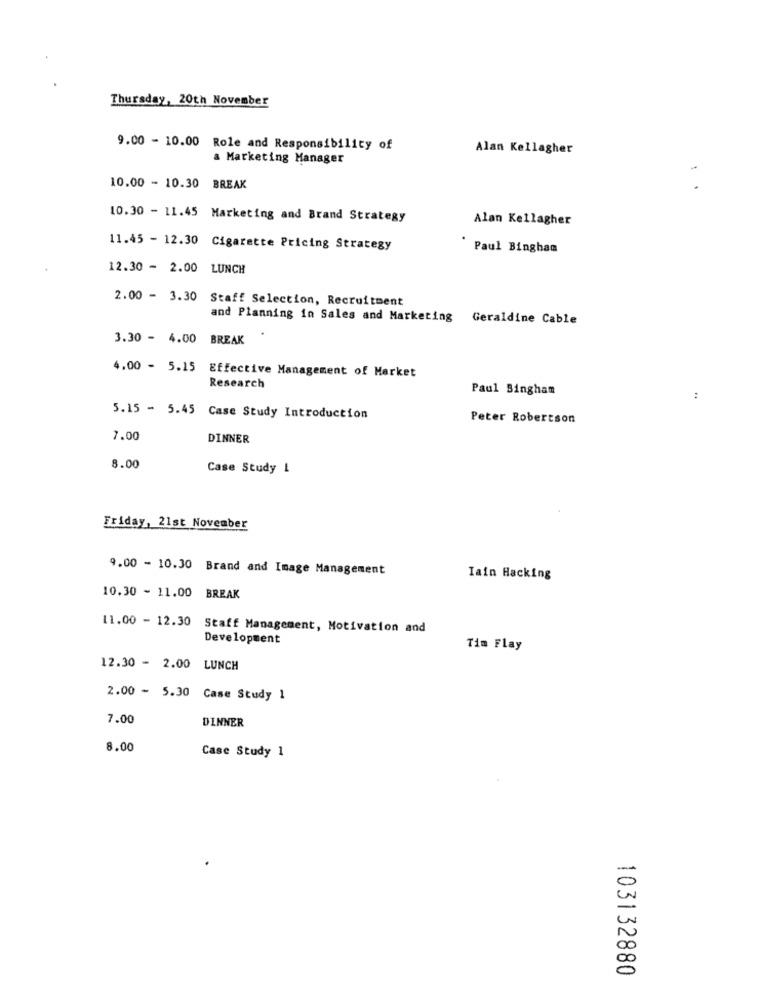
Thursday, 20th November
9.00 - 10.00 Role and Responsibility of
Alan Kellagher
a Marketing Manager
10.00 - 10.30 BREAK
10.30 - 11.45 Marketing and Brand Strategy
Alan Kellagher
11.45 - 12.30 Cigarette Pricing Strategy
Paul Bingham
12.30 - 2.00 LUNCH
2.00 - 3.30 Staff Selection, Recruitment
and Planning in Sales and Marketing Geraldine Cable
3.30 - 4.00 BREAK
4.00 - 5.15 Effective Management of Market
Research
Paul Bingham
:
5.15 - 5.45 Case Study Introduction
Peter Robertson
7.00
DINNER
8.00
Case Study 1
Friday, 21st November
9.00 - 10.30
Brand and Image Management
Iain Hacking
10.30 - 11.00
BREAK
11.00 - 12.30
Staff Management, Motivation and
Development
Tim Flay
12.30 - 2.00 LUNCH
2.00 - 5.30 Case Study 1
7.00
DINNER
8.00
Case Study 1
103132880